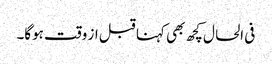
فی الحال کچھ بھی کہنا قبل از وقت ہوگا۔